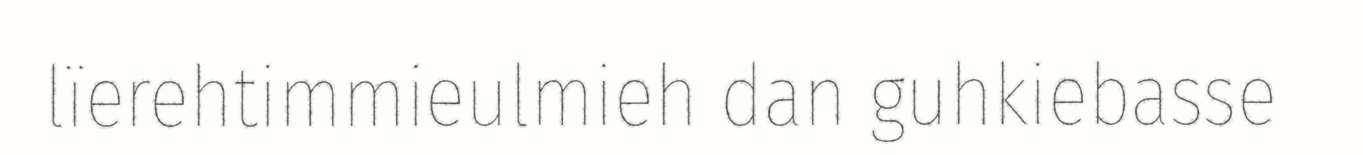
lïerehtimmieulmieh dan guhkiebasse